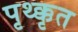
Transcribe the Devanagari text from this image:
पृथ्क्कृत